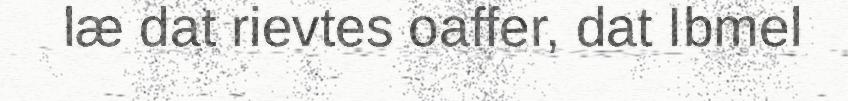
læ dat rievtes oaffer, dat Ibmel